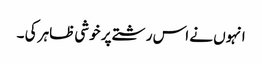
انہوں نے اس رشتے پر خوشی ظاہر کی ۔